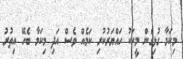
މިކަމާ ގުޅިގެން މީހަކު ހައްޔަރުކުރި ކަމެއް ވެސް އަދި މިކަމާ ބެހޭ އިތުރު